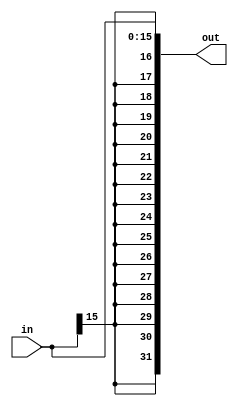
`timescale 1ns / 1ps
//////////////////////////////////////////////////////////////////////////////////
// Company: 
// Engineer: 
// 
// Design Name: 
// Module Name:    sign_extension 
// Project Name: 
// Target Devices: 
// Tool versions: 
// Description: 
//
// Dependencies: 
//
// Revision: 
// Revision 0.01 - File Created
// Additional Comments: 
//
//////////////////////////////////////////////////////////////////////////////////
/*
*	Sign Extension - 16 bits to  32 bits
*/

module sign_extension
(	
	in,
    
	out
);
	
	parameter INPUT_DWIDTH = 16;
	parameter OUTPUT_DWIDTH = 32;

   input	[INPUT_DWIDTH-1:0]	in;
	
   output [OUTPUT_DWIDTH-1:0] out; 
		
	localparam SIGN_BIT_LOCATION = INPUT_DWIDTH-1;
	localparam SIGN_BIT_REPLICATION_COUNT = OUTPUT_DWIDTH - INPUT_DWIDTH;
	
	assign out = {{SIGN_BIT_REPLICATION_COUNT{in[SIGN_BIT_LOCATION]}},in[INPUT_DWIDTH-1:0]};
    
endmodule